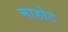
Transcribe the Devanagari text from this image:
माहोट